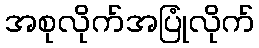
အစုလိုက်အပြုံလိုက်